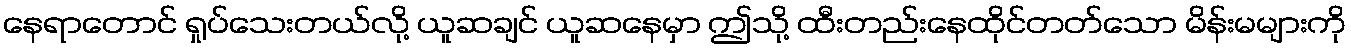
နေရာတောင် ရှုပ်သေးတယ်လို့ ယူဆချင် ယူဆနေမှာ ဤသို့ ထီးတည်းနေထိုင်တတ်သော မိန်းမများကို